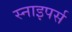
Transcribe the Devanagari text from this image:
स्नाइपर्स